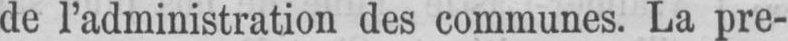
de l’administration des communes. La pre-